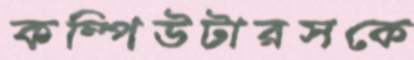
কম্পিউটারসকে